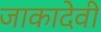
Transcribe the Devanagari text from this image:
जाकादेवी